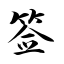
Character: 签